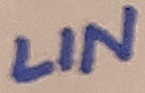
Text: LIN